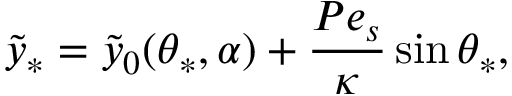
\tilde { y } _ { \ast } = \tilde { y } _ { 0 } ( \theta _ { \ast } , \alpha ) + \frac { P e _ { s } } { \kappa } \sin \theta _ { \ast } ,